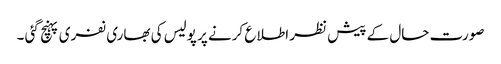
صورت حال کے پیش نظر اطلا ع کرنے پر پولیس کی بھاری نفری پہنچ گئی ۔